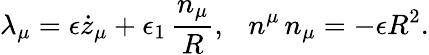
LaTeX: \lambda_{\mu}=\epsilon\dot{z}_{\mu}+\epsilon_{1}\, {\frac{n_{\mu}}{R}},~~~n^{\mu}\, n_{\mu}=-\epsilon R^{2}.